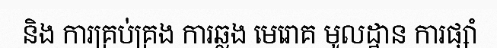
និង ការគ្រប់គ្រង ការឆ្លង មេរោគ មូលដ្ឋាន ការផ្សាំ